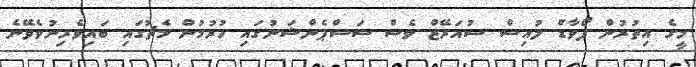
މީގެ އިތުރުން ފޯވާޑް ލުއިސް ސުއަރޭޒް ވެސް ސަސްޕެންޝަނުގައި ހުރުމުން މެޗުގައި ބައިވެރިނުވެވޭނެ